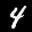
Label: 4